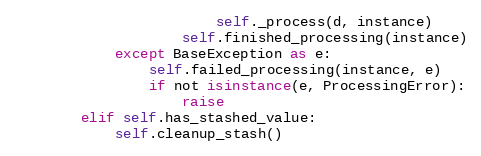
Language: Python
                        self._process(d, instance)
                    self.finished_processing(instance)
            except BaseException as e:
                self.failed_processing(instance, e)
                if not isinstance(e, ProcessingError):
                    raise
        elif self.has_stashed_value:
            self.cleanup_stash()